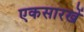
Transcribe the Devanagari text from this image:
एकसारखें